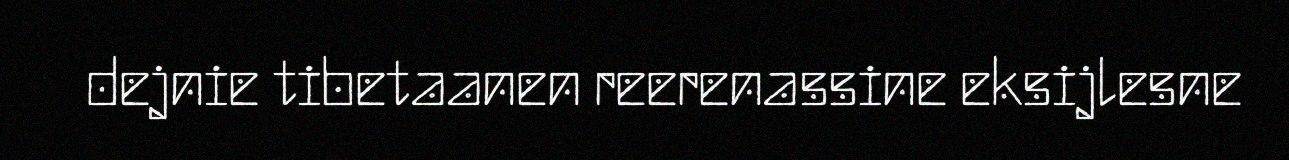
dejnie tibetaanen reerenassine eksijlesne